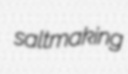
saltmaking